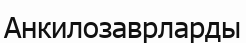
Анкилозаврларды